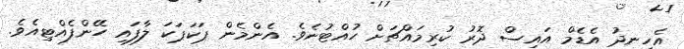
އެހިނދު އެޑެމް އައިސް ދޮރު ކުރިމައްޗަށް ހުއްޓުނެވެ. އެންމެން ޕަކަޕަކަ ލާފައި ހޭންފެއްޓިއެވެ.